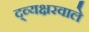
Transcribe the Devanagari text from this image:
द्व्यक्षरवाले